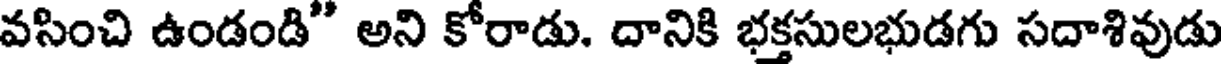
వసించి ఉండండి" అని కోరాడు. దానికి భక్తసులభుడగు సదాశివుడు